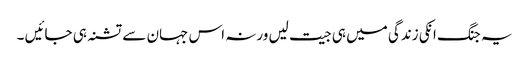
یہ جنگ انکی زندگی میں ہی جیت لیں ورنہ اس جہان سے تشنہ ہی جائیں ۔